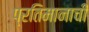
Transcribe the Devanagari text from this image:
प्रतिमानाची